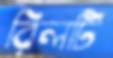
রিলটি